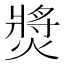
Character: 𤍵